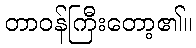
တာဝန်ကြီးတော့၏။